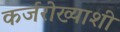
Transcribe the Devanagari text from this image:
कर्जरोख्याशी